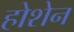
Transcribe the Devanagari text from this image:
होशेन